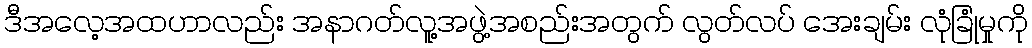
ဒီအလေ့အထဟာလည်း အနာဂတ်လူ့အဖွဲ့အစည်းအတွက် လွတ်လပ် အေးချမ်း လုံခြုံမှုကို